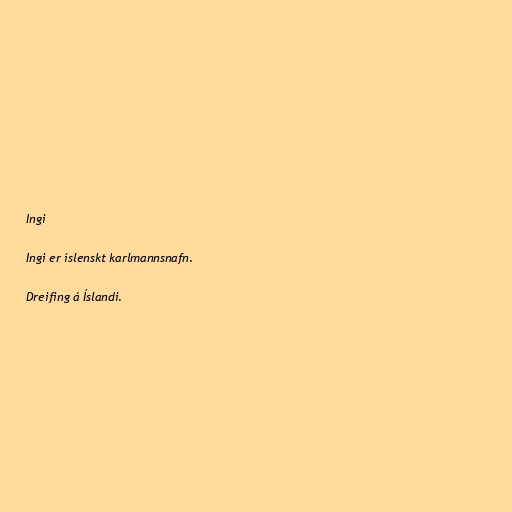
Ingi

Ingi er íslenskt karlmannsnafn.

Dreifing á Íslandi.